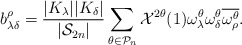
\begin{align*}b_{\lambda\delta}^\rho = \frac{|K_\lambda||K_\delta|}{|\mathcal{S}_{2n}|}\sum_{\theta\in \mathcal{P}_n}\mathcal{X}^{2\theta}(1)\omega^\theta_\lambda \omega^\theta_\delta \overline{\omega^{\theta}_\rho}.\end{align*}